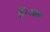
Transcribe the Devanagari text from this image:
हैं।अतः